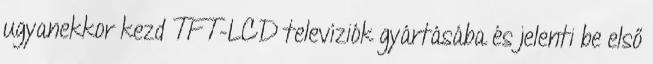
ugyanekkor kezd TFT-LCD televíziók gyártásába és jelenti be első